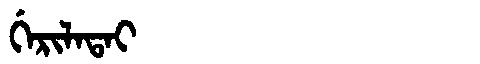
Manchu: ᡤᡝᡵᡳᠯᠠᡨᠠᡳ
Romanization: GERILATAI